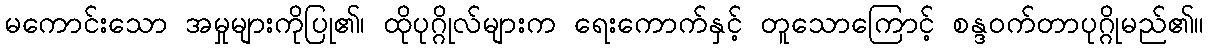
မကောင်းသော အမှုများကိုပြု၏၊ ထိုပုဂ္ဂိုလ်များက ရေးကောက်နှင့် တူသောကြောင့် စန္ဒဝက်တာပုဂ္ဂိုမည်၏။